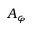
A _ { \varphi }